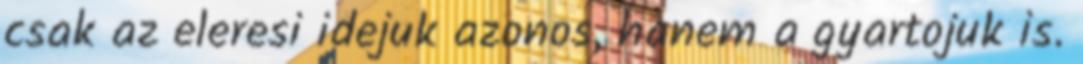
csak az eleresi idejuk azonos, hanem a gyartojuk is.